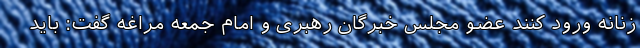
زنانه ورود کنند عضو مجلس خبرگان رهبری و امام جمعه مراغه گفت: باید